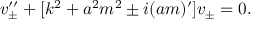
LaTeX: v _ { \pm } ^ { \prime \prime } + [ k ^ { 2 } + a ^ { 2 } m ^ { 2 } \pm i ( a m ) ^ { \prime } ] v _ { \pm } = 0 .